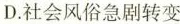
D.社会风俗急剧转变